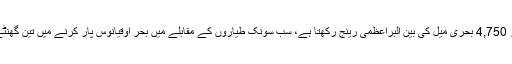
آٹھ سے 12 مسافروں کو لے جانے والا اے ایس 2 سپر سونک رفتار پر 4,750 بحری میل کی بین البراعظمی رینج رکھتا ہے، سب سونک طیاروں کے مقابلے میں بحر اوقیانوس پار کرنے میں تین گھنٹے اور بحر الکاہل کے طویل راستے میں چھ سے زیادہ گھنٹے بچاتا ہے۔